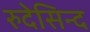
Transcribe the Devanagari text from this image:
रुदेसिन्द